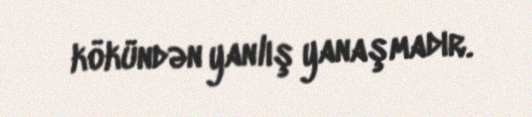
kökündən yanlış yanaşmadır.